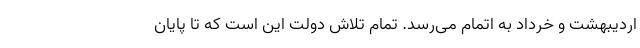
اردیبهشت و خرداد به اتمام می‌رسد. تمام تلاش دولت این است که تا پایان